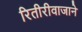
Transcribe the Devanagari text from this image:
रितीरीवाजाने